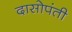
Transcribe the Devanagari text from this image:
दासोपंती